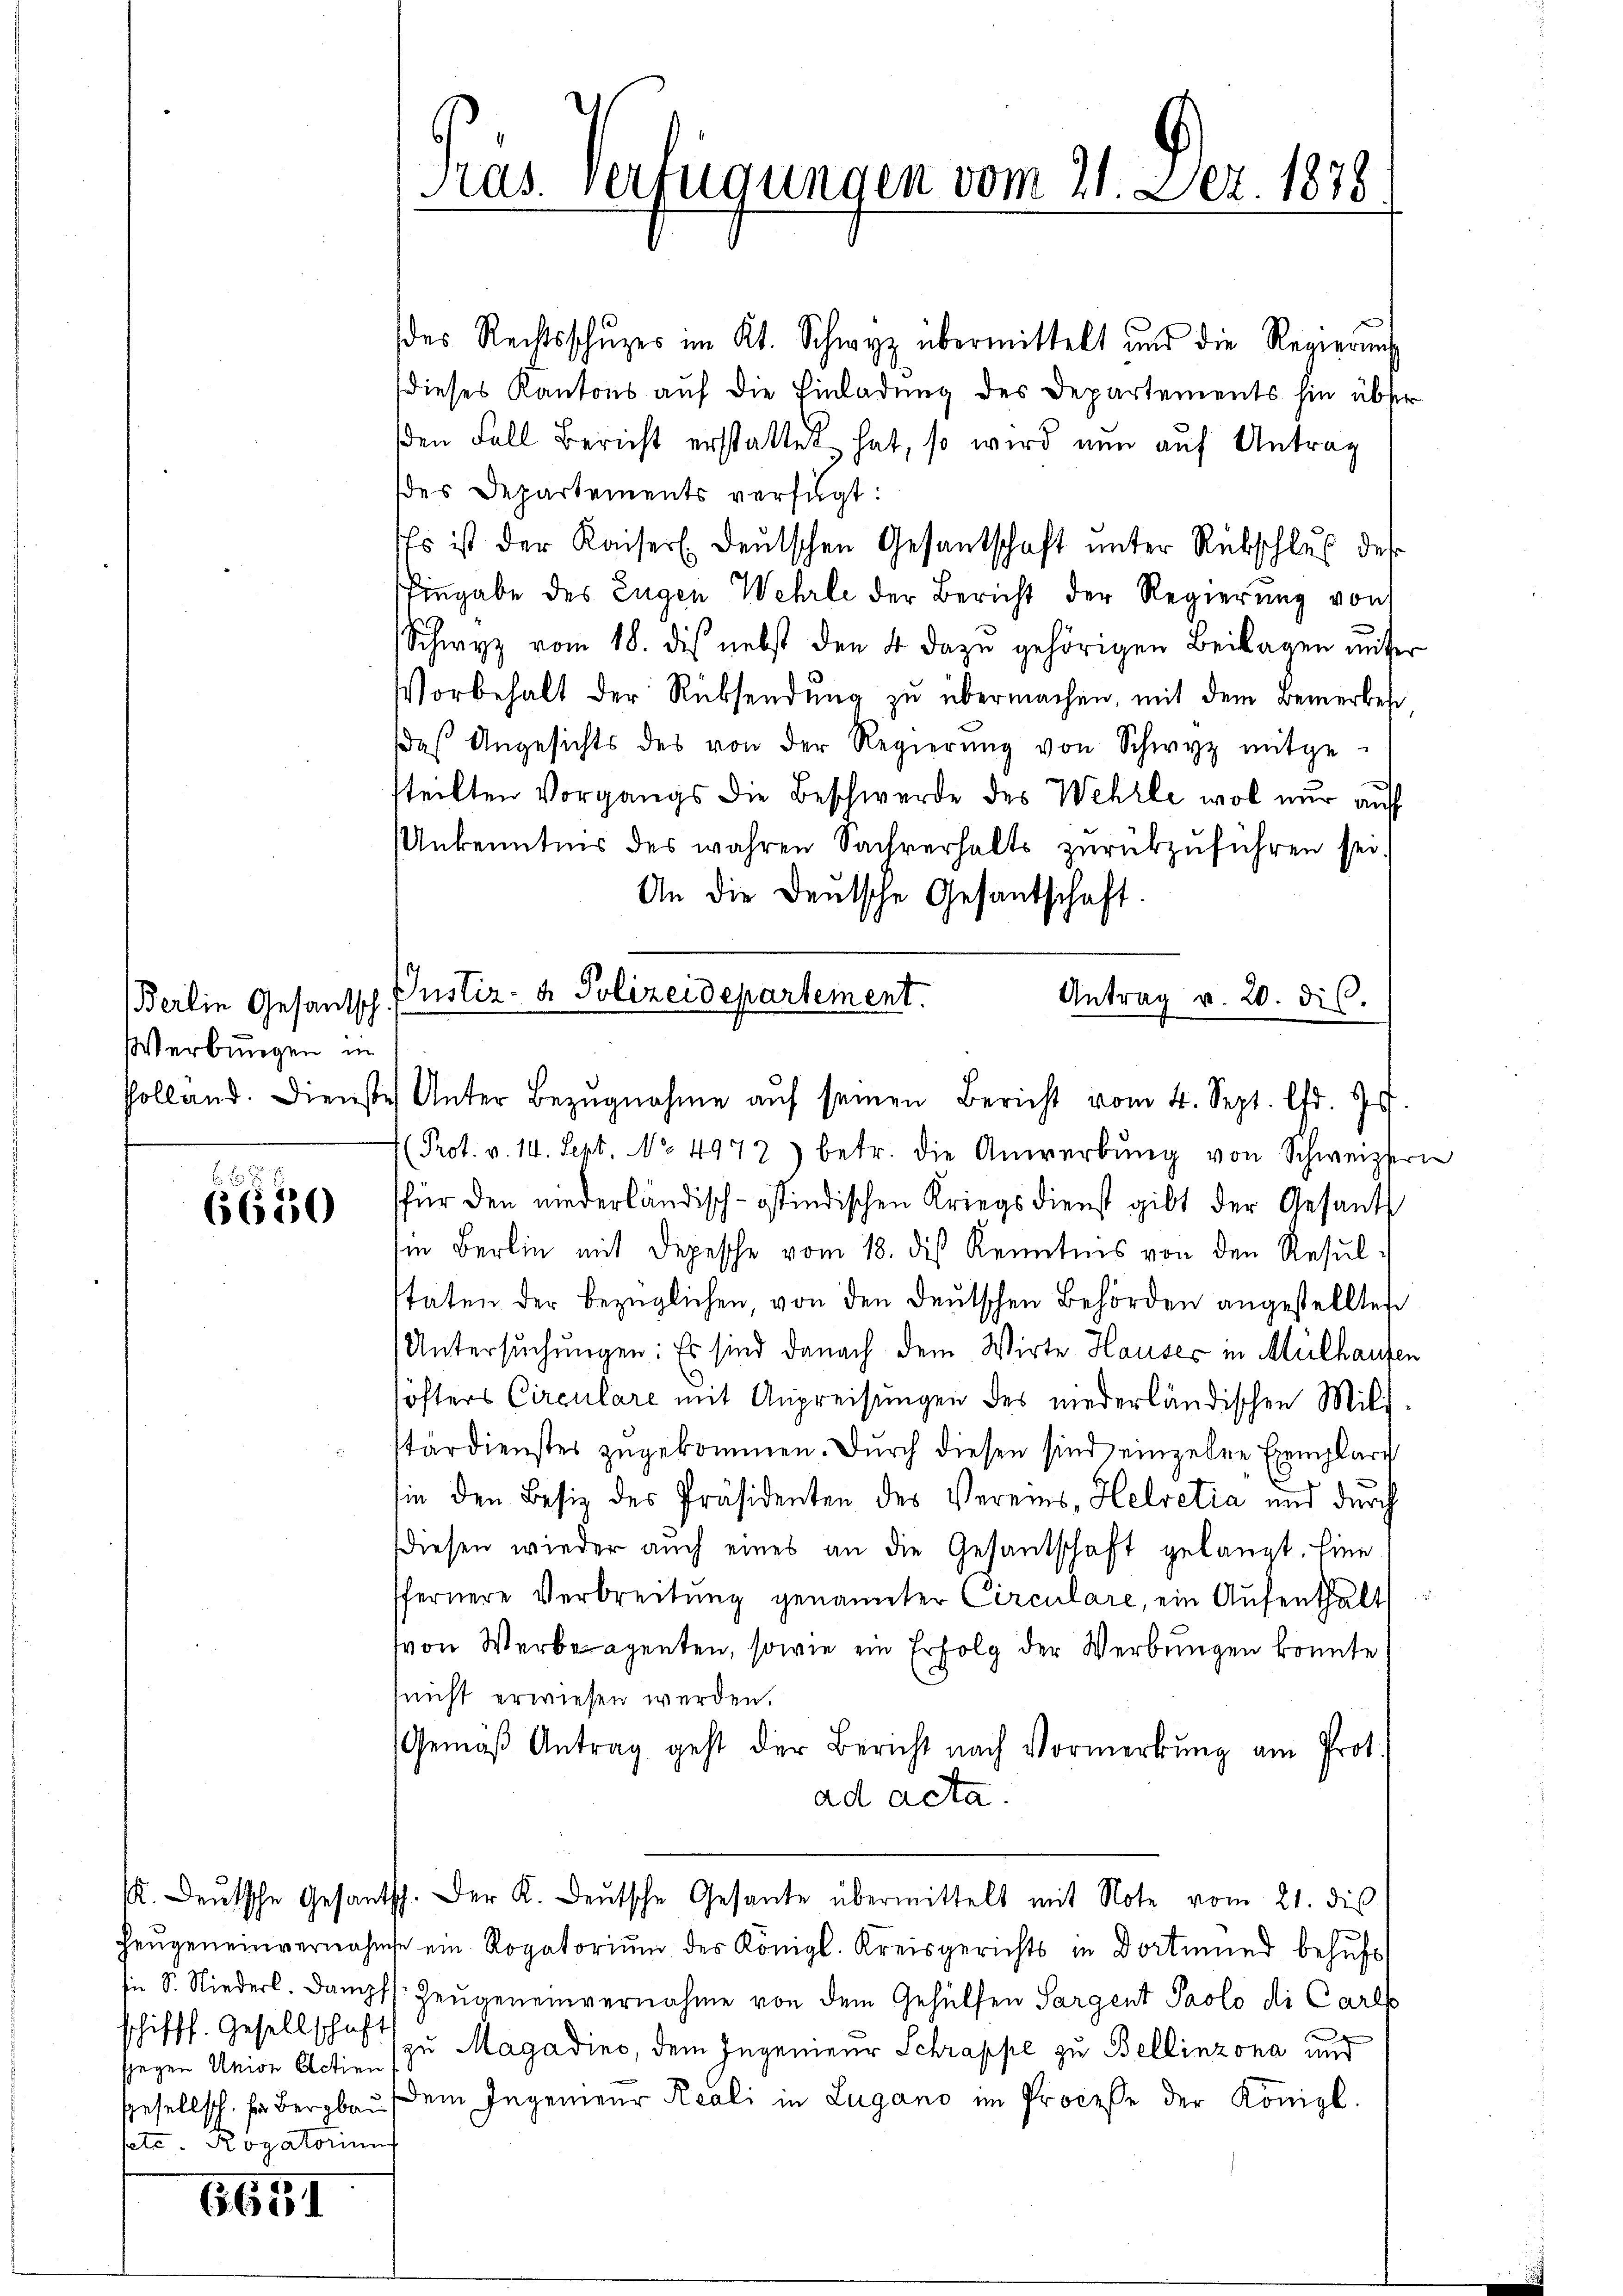
Berlin Gesantsch
Werbungen in

2
6650

schifff. Gesellschaft
seyen Union Actien
sete. Rogatoriums

6651

Pras. Verfügungen vom 21. Dez. 1878

Justiz- & Polizeidepartement.

des Rechtsschŭzes im Kt. Schwyz übermittelt und die Regierung
dieses Kantons auf die Einladung des Departements hin über
den Fall Bericht erstattet hat, so wird nun auf Antrag
des Departements verfügt:
Es ist der Kaiserl. Deutschen Gesandschaft unter Rübschlus des
Eingabe des Eugen Wehrle der Bericht der Regierung von
Schwyz vom 18. des nebst den 4 dazŭ gehörigen Beilagen unser
Vorbehalt der Rücksendung zu übermachen, mit dem Bemerkes
das Angesichts des von der Regierŭng von Schwyz mitge-
steilten Vorgangs die Beschwerde des Wehrle wol nur auf
Unkenntnis des wahren Sachverhalts zurückzuführen sei.
An die Deutsche Gesantschaft.
Polland. Dienste Unter Bezŭgnahme aŭf seinen Bericht vom 4. Sept. lfd. Js.
(Prot. v. 14. Sept. No 4972) betr. die Anwerbŭng von Schweizeri
für den niederländisch-östindischen Kriegsdienst gibt der Gesandt
in Berlin mit Depesche vom 18. des Kenntnis von den Resulstäten der bezüglichen, von den Deutschen Behörden angestellten
Untersuchungen: Es sind danach dem Wirte Hauses in Mülhausen
söfters Circulare mit Anpreisungen des niederländischen Miltärdienstes zŭgekommen. Durch diesen sind einzelne Exemplar
sin den Besiz des Präsidenten des Vereins, Helvetia und durch
diesen wieder aŭch eines an die Gesandschaft gelangt. Eine
ffernere Verbreitŭng genannter Circulare, ein Aŭfenthalt:
von Werberegenten, sowie ein Erfolg der Werbungen konnte
(nicht erwiesen werden.
Gemäβ Antrag geht der Bericht nach Vormerkŭng am Prot.
ad acta.
/. Deutsche Gesantsch. Der K. Deutsche Gesante übermittelt mit Note vom 21. dis
heŭgeneinvernahme ein Rogatoriŭm des Königl. Kreisgerichts in Dortmund behŭfs
sn S. Niederl. Dampf s. Zeŭgeneinvernahme von dem Gehülfen Sargent Paolo di Carls
e
zu Magadins, dem Ingenieur Schrappe zu Bellinzona und
Gesellsch. In Bergbau dem Ingenieur Reali in Lugano im Proceße der Königl.

Antrag v. 20. dic.

n